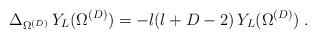
LaTeX: \begin{align*}\Delta_{\Omega^{({D})}}\,Y_{L} (\Omega^{({D})})= -l (l + D - 2) \,Y_{L} (\Omega^{({D})})\; .\end{align*}